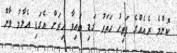
ކޮންމެ ރެއެއްގެ ފަތިހު ހަތަރު ގަޑި ބައިވާ އިރަށް އެގަޑި އެލާމު ވާން